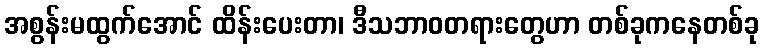
အစွန်းမထွက်အောင် ထိန်းပေးတာ၊ ဒီသဘာဝတရားတွေဟာ တစ်ခုကနေတစ်ခု